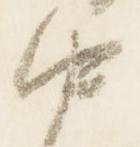
中